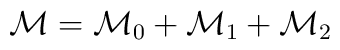
{\cal M} = {\cal M}_{0} + {\cal M}_{1} + {\cal M}_{2}